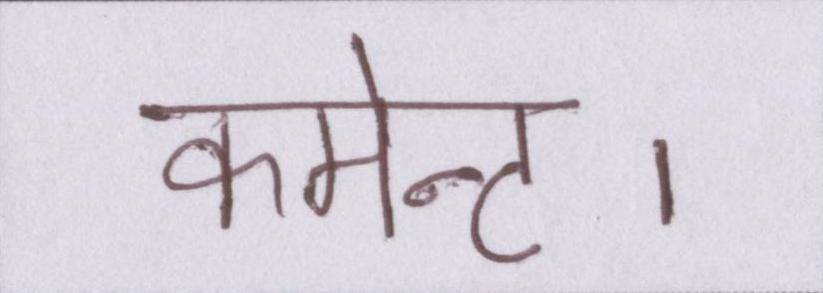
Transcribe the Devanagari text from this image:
कमेन्ट।